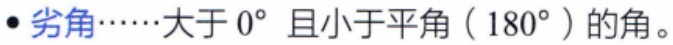
\cdot 劣角\cdots\cdots 大于 \(0^{\circ}\) 且小于平角（\(180^{\circ}\)）的角。